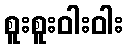
စူးစူးဝါးဝါး